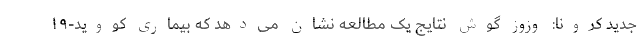
جدید کرونا: وزوز گوش نتایج یک مطالعه نشان می‌دهد که بیماری کووید-۱۹